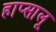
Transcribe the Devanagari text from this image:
हाप्सालू